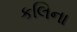
કલિના